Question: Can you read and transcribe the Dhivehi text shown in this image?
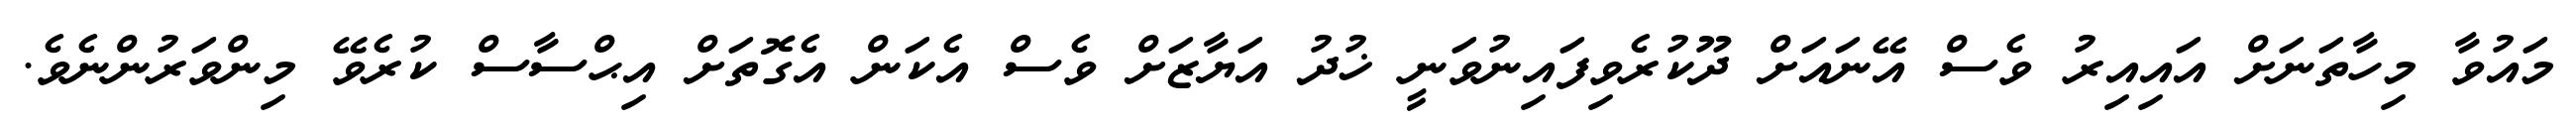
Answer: މައުވާ މިހާތަނަށް އައިއިރު ވެސް އޭނައަށް ދޫކުރެވިފައިނުވަނީ ޚުދު އަޔާޒަށް ވެސް އެކަން އެގޮތަށް އިޙްސާސް ކުރެވޭ މިންވަރުންނެވެ.